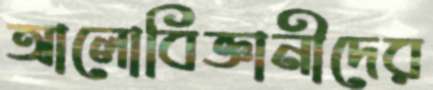
আলোবিজ্ঞানীদের